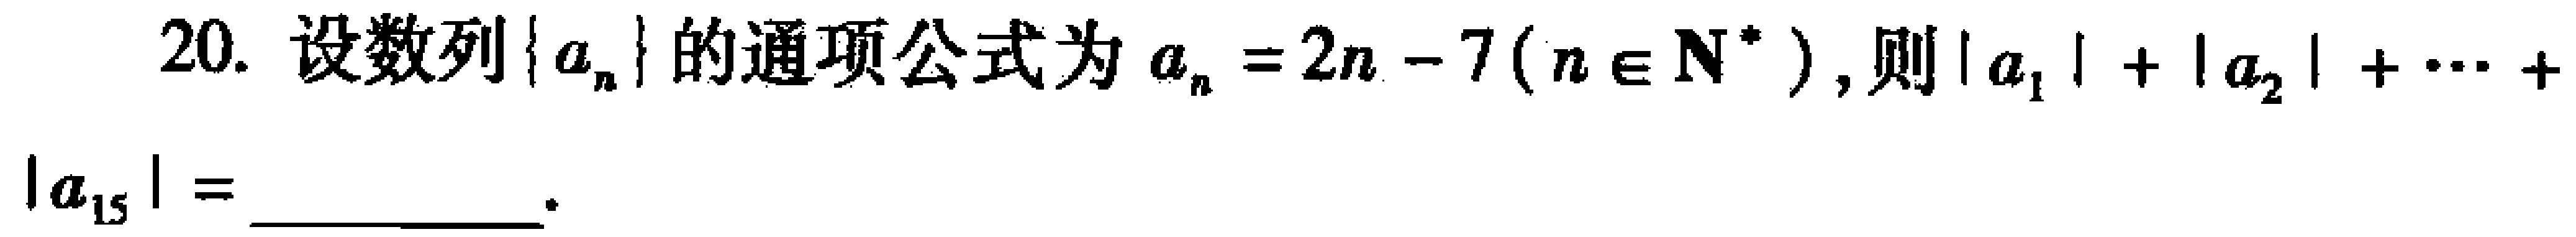
20. 设数列\(\{ a_{n}\}\)的通项公式为\(a_{n}=2n - 7(n\in\mathbf{N}^{*})\)，则\(\vert a_{1}\vert+\vert a_{2}\vert+\cdots +\vert a_{15}\vert=\)  。